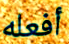
أفعله